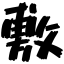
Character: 敷